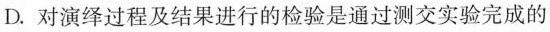
D.对演绎过程及结果进行的检验是通过测交实验完成的